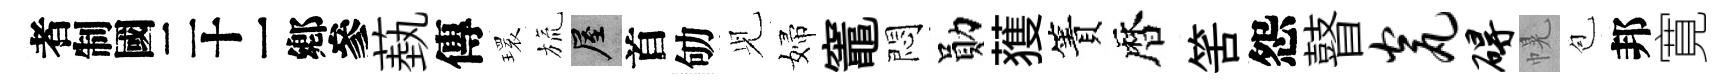
识蓺傳𤨔旒屋首劬𫤗婦竈悶勛𫉬簀暦筈怨瞽瓮碍幌苞邦寛